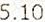
5.10